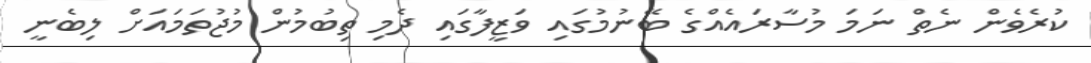
ކުރެވެން ނެތް ނަމަ މުސާރައެއްގެ ބޭނުމުގައި ވަޒީފާގައި ދެމި ތިބުމުން މުޖުތަމައަށް ލިބެނީ